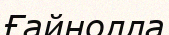
Ғайнолла